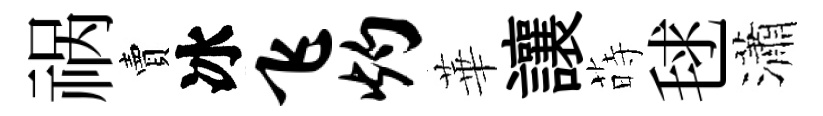
祸賣冰飞灼華讓蒔毬瀟